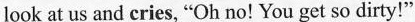
look at us and cries, "Oh no! You get so dirty!"